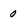
Character: 0